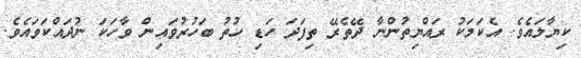
ކިޔާލައެެވެ. އެކަމަކު ރައްޔިތުންނާ ދޭތެރޭ ތިފަދަ ހަޑި ހުތު ބަހުރުވައިން ވާހަކަ ނުދައްކަވައެވެ.